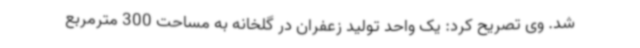
شد. وی تصریح کرد: یک واحد تولید زعفران در گلخانه به مساحت 300 مترمربع